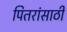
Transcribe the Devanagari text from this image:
पितरांसाठी